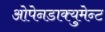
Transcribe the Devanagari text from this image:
ओपेनडाक्युमेन्ट